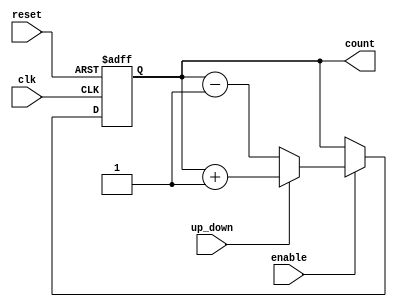
module UpDownCounter (
    input wire clk,         // Clock signal
    input wire reset,       // Asynchronous reset signal
    input wire up_down,     // Control signal to count up or down
    input wire enable,      // Enable signal for counting
    output reg [3:0] count  // Counter output (4-bit wide)
);

// Asynchronous reset
always @(posedge clk or posedge reset) begin
    if (reset) begin
        count <= 4'b0000; // Reset counter to 0
    end else if (enable) begin
        if (up_down) begin
            // Count up
            count <= count + 1;
        end else begin
            // Count down
            count <= count - 1;
        end
    end
end

endmodule